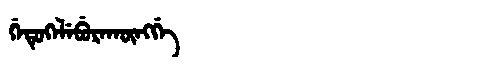
Manchu: ᡤᡝᡨᡠᡴᡝᠯᡝᠪᡠᡵᠠᡴᡡᠩᡤᡝ
Romanization: GETUKELEBURAKŪNGGE